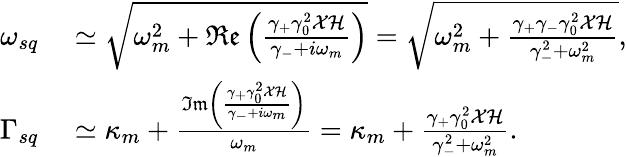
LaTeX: \begin{array}{rl}{\omega_{sq}}&{{}\simeq\sqrt{\omega_{m}^{2}+\mathfrak{Re}\left(\frac{\gamma_{+}\gamma_{0}^{2}\mathcal{X}\mathcal{H}}{\gamma_{-}+i\omega_{m}}\right)}=\sqrt{\omega_{m}^{2}+\frac{\gamma_{+}\gamma_{-}\gamma_{0}^{2}\mathcal{X}\mathcal{H}}{\gamma_{-}^{2}+\omega_{m}^{2}}},}\\ {\Gamma_{sq}}&{{}\simeq\kappa_{m}+\frac{\mathfrak{Im}\left(\frac{\gamma_{+}\gamma_{0}^{2}\mathcal{X}\mathcal{H}}{\gamma_{-}+i\omega_{m}}\right)}{\omega_{m}}=\kappa_{m}+\frac{\gamma_{+}\gamma_{0}^{2}\mathcal{X}\mathcal{H}}{\gamma_{-}^{2}+\omega_{m}^{2}}.}\end{array}